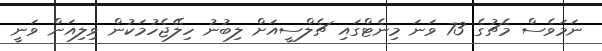
ނަމަވެސް މެޗުގެ 73 ވަނަ މިނެޓްގައި ޗެލްސީއަށް ލިބުނު ހިލޭޖެހުމަކުން ވިލިއަން ވަނީ